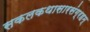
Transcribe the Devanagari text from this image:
सकलकथासारसंग्रहम्